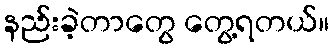
နည်းခဲ့တာတွေ တွေ့ရတယ်။